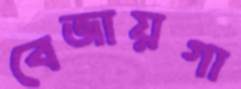
বেজায়গা